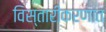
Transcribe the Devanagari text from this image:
विस्तारीकरणात